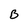
Character: B